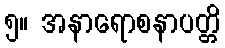
၅။ အနာရောစနာပတ္တိ